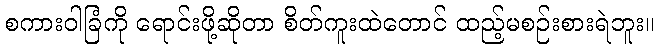
စကားဝါခြံကို ရောင်းဖို့ဆိုတာ စိတ်ကူးထဲတောင် ထည့်မစဉ်းစားရဲဘူး။